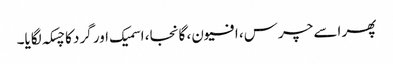
پھر اسے چرس، افیون، گانجا، اسمیک اور گرد کا چسکہ لگایا۔